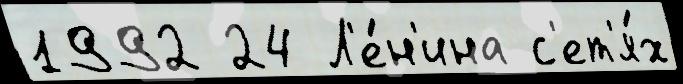
1992 24 Л'е́н'ина с'ет'я́х